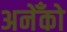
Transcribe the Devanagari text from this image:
अनेँको